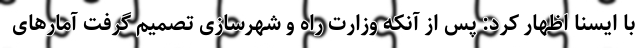
با ایسنا اظهار کرد: پس از آنکه وزارت راه و شهرسازی تصمیم گرفت آمارهای